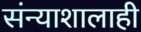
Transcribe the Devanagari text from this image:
संन्याशालाही